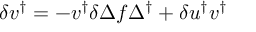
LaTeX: \delta v ^ { \dagger } = - v ^ { \dagger } \delta \Delta f \Delta ^ { \dagger } + \delta u ^ { \dagger } v ^ { \dagger }